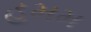
હમમ